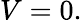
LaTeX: V=0.